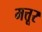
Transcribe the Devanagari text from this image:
मत्तूर